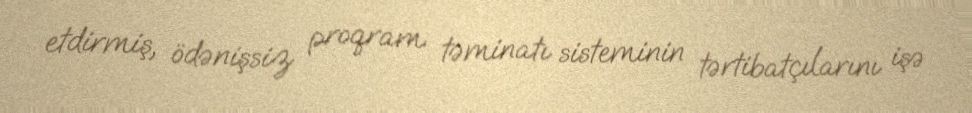
etdirmiş, ödənişsiz proqram təminatı sisteminin tərtibatçılarını işə